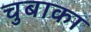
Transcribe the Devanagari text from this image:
चुबाका